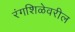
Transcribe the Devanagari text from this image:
रंगशिळेवरील